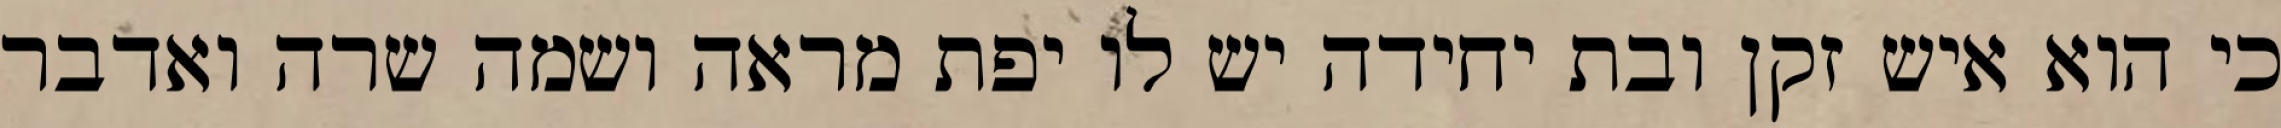
כי הוא איש זקן ובת יחידה יש לו יפת מראה ושמה שרה ואדבר